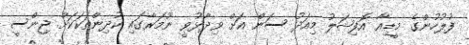
ފުލުހުންގެ މީޑިއާ އޮފިޝަލު މިއަދު ސަން އަށް ވިދާޅުވީ ނޫމަރާގައި ކުދިންތަކަކަށް ޖިންސީ